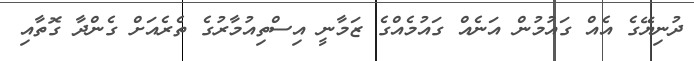
ދުނިޔޭގެ އެއް ގައުމުން އަނެއް ގައުމެއްގެ ޒަމާނީ އިސްތިއުމާރުގެ ތެރެއަށް ގެންދާ ގޮތާއި